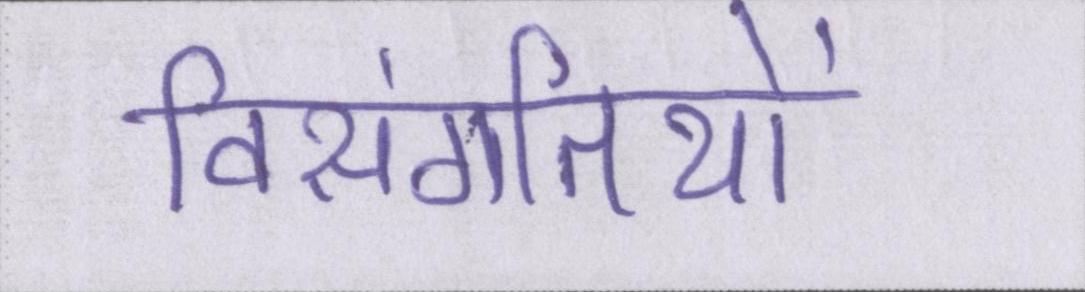
विसंगतियों